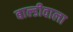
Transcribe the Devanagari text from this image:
बाल्डीवाला